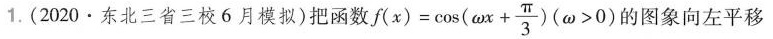
1.（2020·东北三省三校6月模拟）把函数f(x)=\cos( \omega x +\frac{\pi}{3})(\omega>0)的图象向左平移